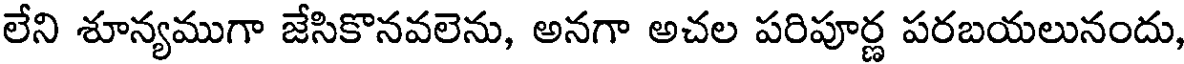
లేని శూన్యముగా జేసికొనవలెను, అనగా అచల పరిపూర్ణ పరబయలునందు,